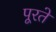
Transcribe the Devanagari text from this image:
पूरते